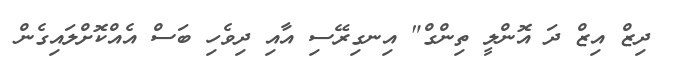
ދިޒް އިޒް ދަ އޮންލީ ތިންގް" އިނގިރޭސި އާއި ދިވެހި ބަސް އެއްކޮށްލައިގެން